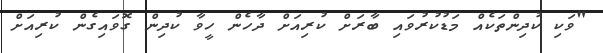
"ވަކި ކުދިންތަކެއް މަޑުކުރުވައި ބާރަށް ކުރިއަށް ދާހެން ހީވާ ކުދިން ގޮވައިގެން ކުރިއަށް